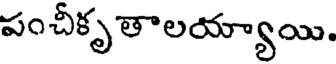
పంచీకృతాలయ్యాయి.